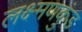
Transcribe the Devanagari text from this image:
लक्ष्मणकुंड